Lunatic asylums in Bengal annual reports 1888-1898 - 1888-1898
Year: 1888
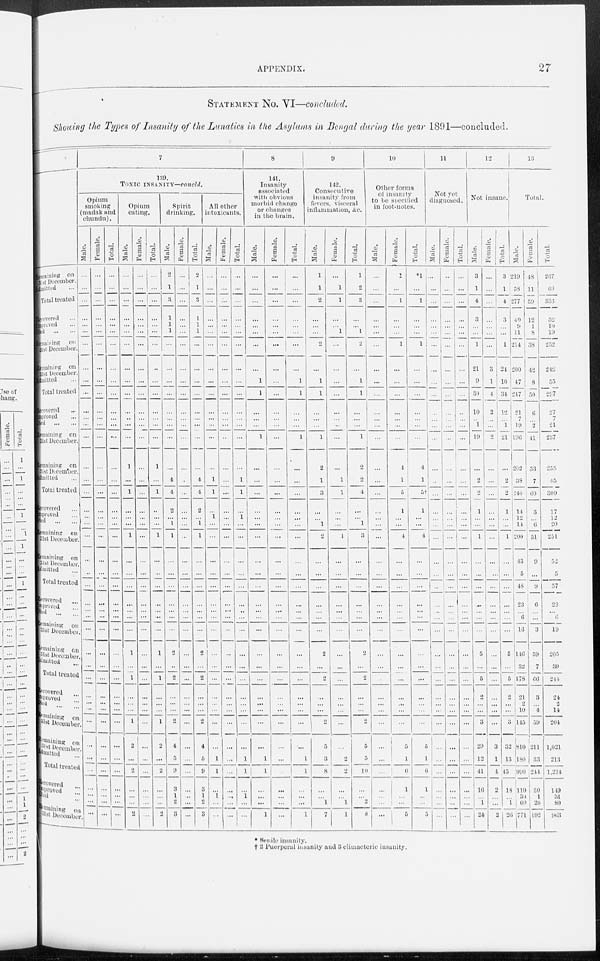
APPENDIX.
27
STATEMENT No. VI—concluded.
Showing the Types of Insanity of the Lunatics in the Asylums in Bengal during the year 1891—concluded.
Remaining
on
31st December.
Admitted ...
Total treated
Recovered ...
Improved ...
Died
...
Remai ni ng
on
31st December.
Remaining on
31st December.
Admitted ...
Total treated
Recovered ...
Improved ...
Died
...
...
Remaining on
31st December.
Remaining on
31st December.
Admitted ...
Total treated
Recovered ...
I mpr oved ...
Died ... ...
Remaining on
31st December.
Remaining on
31st December.
Admitted ...
Total treated
Recovered ...
Improved ...
Died ... ...
Remaining on
31st December.
Remaining on
31st December.
Admitted ...
Total treated
Recovered ...
Improved ...
Died ... ...
Remaining on
31st December.
Remaining on
31st December.
Admitted ...
Total Treated
Recovered ...
Improved ...
Died ... ...
Remaining on
31st December.
7
139.
TOXIC INSANITY—concld.
Opium
smoking
(madak and
chundu).
Male.
...
...
...
...
...
...
...
...
...
...
...
...
...
...
...
...
...
...
...
...
...
...
...
...
...
...
...
...
...
...
...
...
...
...
...
...
...
...
...
...
...
...
Female.
...
...
...
...
...
...
...
...
...
...
...
...
...
...
...
...
...
...
...
...
...
...
...
...
...
...
...
...
...
...
...
...
...
...
...
...
...
...
...
...
...
...
Total.
...
...
...
...
...
...
...
...
...
...
...
...
...
...
...
...
...
...
...
...
...
...
...
...
...
...
...
...
...
...
...
...
...
...
...
...
...
...
...
...
...
...
Opium
eating.
Male.
...
...
...
...
...
...
...
...
...
...
...
..
...
...
1
...
1
...
...
...
1
...
...
...
...
...
...
...
1
...
1
...
...
...
1
2
...
2
...
...
...
2
Female.
...
...
...
...
...
...
...
...
...
...
...
...
...
...
...
...
....
...
...
...
...
...
...
...
...
...
...
...
...
...
...
...
...
...
...
...
...
...
...
...
...
...
Total.
...
...
...
...
...
...
...
...
...
...
...
...
...
...
1
...
1
...
...
1
...
...
...
...
...
...
...
1
...
1
...
...
...
1
2
...
2
...
...
...
2
Spirit
drinking.
Male.
2
1
3
1
1
1
...
...
...
...
...
...
...
...
...
4
4
2
...
1
1
...
...
...
...
...
...
...
2
...
2
...
...
...
2
4
5
9
3
1
2
3
Female.
...
...
...
...
...
...
...
...
...
...
...
...
...
...
...
...
...
...
...
...
...
...
...
...
...
...
...
...
...
...
...
...
...
...
...
...
...
...
...
...
...
...
Total.
2
1
3
1
1
1
...
...
...
...
...
...
...
...
...
4
4
2
...
1
1
...
...
...
...
...
...
...
2
...
2
...
...
...
2
4
5
9
3
1
2
3
All other
intoxicants.
Male.
...
...
...
...
...
...
...
...
...
...
...
...
...
...
...
1
1
...
1
...
...
...
...
...
...
...
...
...
...
...
...
...
...
...
...
...
1
1
...
1
...
...
Female.
...
...
...
...
...
...
...
...
...
...
...
...
...
...
...
...
...
...
...
...
...
...
...
...
...
...
...
...
...
...
...
...
...
...
...
...
...
...
...
...
...
...
Total.
...
...
...
...
...
...
...
...
...
...
...
...
...
...
...
1
1
...
1
...
...
...
...
...
...
...
...
...
...
...
...
...
...
...
...
...
1
1
...
1
...
...
8
141.
Insanity
associated
with obvious
morbid change
or changes
in the brain.
Male.
...
...
...
...
...
...
...
...
1
1
...
...
...
1
...
...
...
...
...
...
...
...
...
...
...
...
...
...
...
...
...
...
...
...
...
1
1
...
...
...
1
Female.
...
...
...
...
...
...
...
...
...
...
...
...
...
...
...
...
...
...
...
...
...
...
...
...
...
...
...
...
...
...
...
...
...
...
...
...
...
...
...
...
...
...
Total.
...
...
...
...
...
...
...
...
1
1
...
...
...
1
...
...
...
...
...
...
...
...
...
...
...
...
...
...
...
...
...
...
...
...
...
...
1
1
...
...
...
1
9
112.
Consecutive
insanity from
fevers, visceral
inflammation, &c.
Male.
1
1
2
...
...
...
2
...
1
1
...
...
...
1
2
1
3
...
...
1
2
...
...
...
...
...
...
...
2
...
2
...
...
...
2
5
3
8
...
...
1
7
Female.
...
1
1
...
...
1
...
...
...
...
...
...
...
...
...
1
1
...
...
...
1
...
...
...
...
...
...
...
...
...
...
...
...
...
...
...
2
2
...
...
1
1
Total.
1
2
3
...
...
1
2
...
1
1
...
...
...
1
2
2
4
...
...
1
3
...
...
...
...
...
...
...
2
...
2
...
...
...
2
5
5
10
...
...
2
8
10
Other forms
of insanity
to be specified
in foot-notes.
Male.
...
...
...
...
...
...
...
...
...
...
...
...
...
...
...
...
...
...
...
...
...
...
...
...
...
...
...
...
...
...
...
...
...
...
...
...
...
...
...
...
...
...
Female.
1
...
1
...
...
...
1
...
...
...
...
...
...
...
4
1
5
1
...
...
4
...
...
...
...
...
...
...
...
...
...
...
...
...
5
1
6
1
...
...
5
Total.
1
...
1
...
...
...
1
...
...
...
...
...
...
...
4
1
5
1
...
...
4
...
...
...
...
...
... ...
...
...
...
...
...
...
...
5
1
6
1
...
...
5
11
Not yet
diagnosed.
Male.
...
...
...
...
...
...
...
...
...
...
...
...
...
...
...
...
...
...
... ...
...
...
...
...
...
...
...
...
...
...
...
...
... ...
...
...
...
...
...
...
...
...
Female.
...
...
...
...
...
...
...
...
...
...
...
...
...
...
...
...
...
...
...
...
...
...
...
...
...
...
...
...
...
...
...
...
...
...
...
...
...
...
...
...
...
...
Total.
...
...
...
...
...
...
...
...
...
...
...
...
...
...
...
...
...
...
...
...
...
...
...
...
...
...
...
...
...
...
...
...
...
...
...
...
...
...
...
...
...
...
12
Not insane.
Male.
3
1
4
3
...
...
1
21
9
30
10
...
1
19
...
2
2
1
...
...
1
...
...
...
...
...
...
...
5
...
5
2
...
...
3
29
12
41
16
...
1
24
Female.
...
...
...
...
...
...
...
3
1
4
2
...
...
2
...
...
...
...
...
...
...
...
...
...
...
...
...
...
...
...
...
...
...
...
...
3
1
4
2
...
...
4
Total.
3
1
4
3
...
...
1
24
10
34
12
...
1
21
...
2
2
1
...
...
1
...
...
...
...
...
...
...
5
...
5
2
...
...
3
32
13
45
18
...
1
26
13
Total.
Male.
219
58
277
40
9
11
214
200
47
247
21
7
19
196
202
38
240
14
12
14
200
43
5
48
23
...
6
16
116
32
178
21
2
10
145
810
180
990
119
30
6 0
771
Female.
48
11
59
1 2
1
8
38
42
8
50
6
...
2
41
53
7
60
3
...
6
51
9
...
9
6
...
...
3
59
7
66
3
...
4
59
211
33
244
30
1
20
192
Total.
267
69
336
52
10
19
252
242
55
297
27
7
21
237
255
45
300
17
12
20
251
52
5
57
29
...
6
19
205
39
244
24
2
14
204
1,021
213
1,234
119
31
80
963
* Senile insanity.
† 2 Puerperal insanity and 3 climacteric insanity.